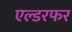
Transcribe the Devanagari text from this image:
एल्डरफर